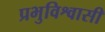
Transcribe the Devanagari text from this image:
प्रभुविश्वासी